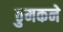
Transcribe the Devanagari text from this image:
ठुमकने